Statistical return of the lunatic asylum in Assam - 1912-1932
Year: 1912
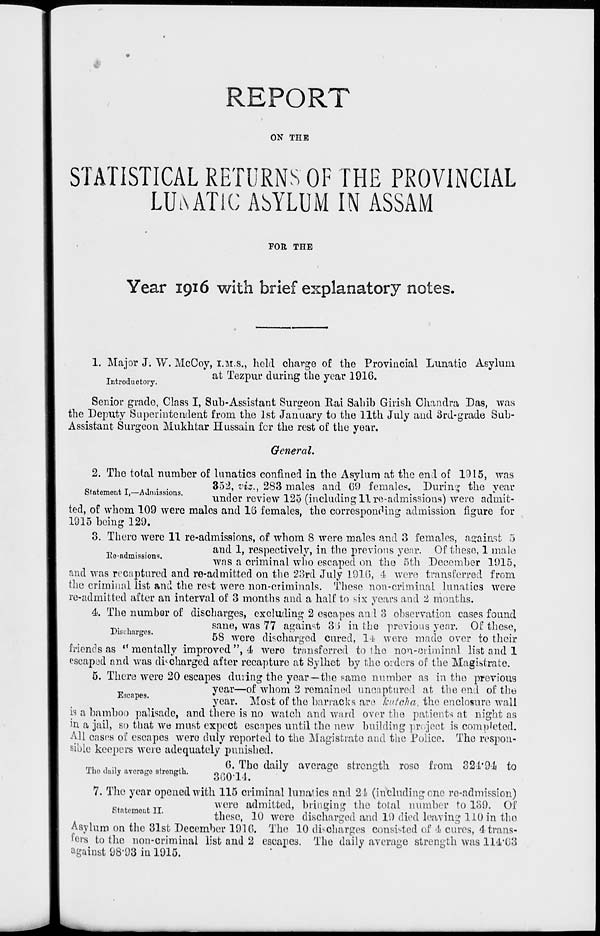
REPORT
ON THE
STATISTICAL RETURNS OF THE PROVINCIAL
LUi\ATlC ASYLUM IN ASSAM
FOR THE
Year 1916 with brief explanatory notes.
1. Major J. W. McCoy, I.M.S., held charge of the Provincial Lunatic Asylum
_ . ,
at Tezpur during the year 1916.
Introductory.
*•
°
*
Senior grade, Class I, Sub-Assistant Surgeon Eai Sahib Girish Chandra Das, was
the Deputy Superintendent from the 1st January to the 11th July and 3rd-grade Sub-
Assistant Surgeon Mukhtar Hussain fcr the rest of the year.
General.
l\o-admissions.
2. The total number of lunatics confined in the Asylum at the end of 1915, was
._ ., . .
352, viz.. 283 males and 69 females. During the vear
statement I.—Admissions.
i
.
-, rtM ,. i •%>
-,,
, . .
>.
,*■ .,
under review 12o (including 11 re-admissions) were admit-
ted, of whom 109 were males and 16 females, the corresponding admission figure for
1915 being 129.
3. There were 11 re-admissions, of whom 8 were males and 3 females, against 5
and 1, respectively, in the previous year. Of these, 1 male
was a criminal who escaped on the 5th December 1915,
and was recaptured and re-admitted on the 23rd July 1916, 1- were transferred from
the criminal list and the rest were non-criminals. These non-criminal lunatics were
re-admitted after an interval of 3 months and a half to six years and 2 months.
4). The number of discharges, excluding 2 escapes and 3 observation cases found
_. ,
sane, was 77 against 3:3 in the previous year. Of these,
58 were discharged cured, 14 were made over to their
friends as " mentally improved ", d< were transferred, to tho non-oriminal list and 1
escaped and was discharged after recapture at Sylhet by the orders of the Magistrate.
5. There were 20 escapes during the year—the same number as in tho previous
year—of whom 2 remained uncaptured at the end of the
year. Most of the barracks are kutoha, the enclosure wall
is a bamboo palisade, and there is no watch and ward over the patients at night as
in a jail, so that we must expect escapes until the new building project is completed.
All oases of escapes wero duly reported to the Magistrate and the Police. Tho respon-
sible keepers were adequately punished.
m . . ..
.,
0. Tho daily avcracre strength roso from 32-1'94 to
llio daily average strength.
Qpn-ll
7. The year opened with 115 criminal lunatics and 21* (including one re-admission)
were admitted, bringing the total number to 139. Of
these, 10 were discharged and 19 died leaving 110 in tho
Asylum on the 31st December 1910. The 10 discharges consisted of 4 cures, 4 trans-
fers to the non-criminal list and 2 escapes. The daily average strength was 114"G3
against 98*93 in 1915.